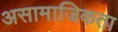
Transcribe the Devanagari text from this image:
असामाजिकता